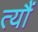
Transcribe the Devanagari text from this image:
त्यौं